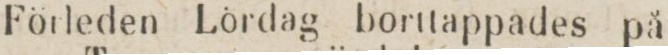
Förleden Lördag borttappades på